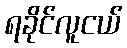
ရခိုင်လူငယ်